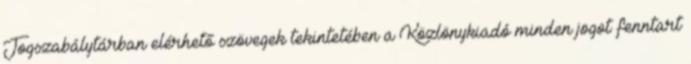
Jogszabálytárban elérhető szövegek tekintetében a Közlönykiadó minden jogot fenntart